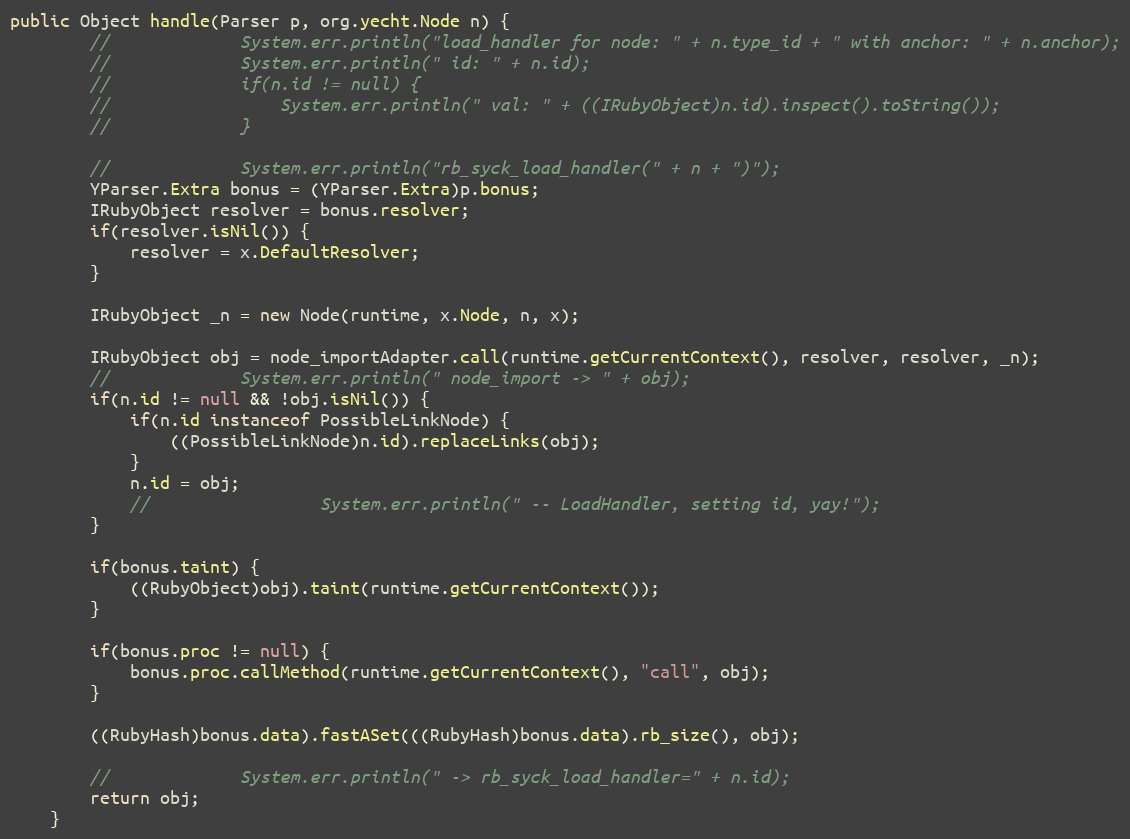
Language: Java
public Object handle(Parser p, org.yecht.Node n) {
        //             System.err.println("load_handler for node: " + n.type_id + " with anchor: " + n.anchor);
        //             System.err.println(" id: " + n.id);
        //             if(n.id != null) {
        //                 System.err.println(" val: " + ((IRubyObject)n.id).inspect().toString());
        //             }

        //             System.err.println("rb_syck_load_handler(" + n + ")");
        YParser.Extra bonus = (YParser.Extra)p.bonus;
        IRubyObject resolver = bonus.resolver;
        if(resolver.isNil()) {
            resolver = x.DefaultResolver;
        }

        IRubyObject _n = new Node(runtime, x.Node, n, x);

        IRubyObject obj = node_importAdapter.call(runtime.getCurrentContext(), resolver, resolver, _n);
        //             System.err.println(" node_import -> " + obj);
        if(n.id != null && !obj.isNil()) {
            if(n.id instanceof PossibleLinkNode) {
                ((PossibleLinkNode)n.id).replaceLinks(obj);
            }
            n.id = obj;
            //                 System.err.println(" -- LoadHandler, setting id, yay!");
        }

        if(bonus.taint) {
            ((RubyObject)obj).taint(runtime.getCurrentContext());
        }

        if(bonus.proc != null) {
            bonus.proc.callMethod(runtime.getCurrentContext(), "call", obj);
        }

        ((RubyHash)bonus.data).fastASet(((RubyHash)bonus.data).rb_size(), obj);

        //             System.err.println(" -> rb_syck_load_handler=" + n.id);
        return obj;
    }